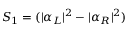
S _ { 1 } = ( | \alpha _ { L } | ^ { 2 } - | \alpha _ { R } | ^ { 2 } )